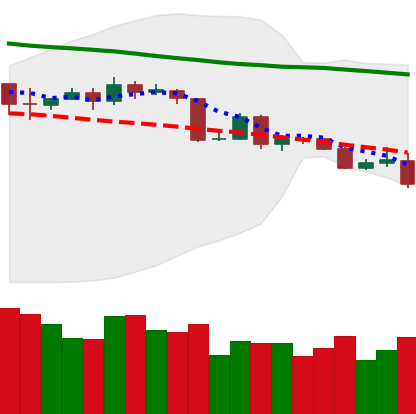
Ticker: BTC-USD
Chart end date: 2019-11-18
Forward return: -10.969%
Label: down_7plus